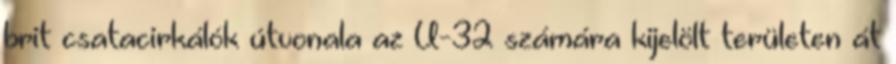
brit csatacirkálók útvonala az U-32 számára kijelölt területen át